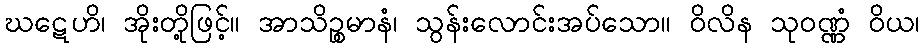
ဃဋေဟိ၊ အိုးတို့ဖြင့်။ အာသိဉ္စမာနံ၊ သွန်းလောင်းအပ်သော။ ဝိလိန သုဝဏ္ဏံ ဝိယ၊